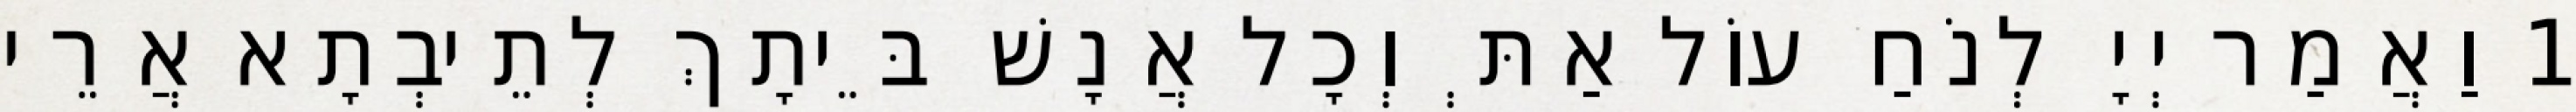
1 וַאֲמַר יְיָ לְנֹחַ עוֹל אַתְּ וְכָל אֲנָשׁ בֵּיתָךְ לְתֵיבְתָא אֲרֵי